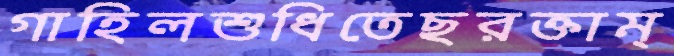
গাহিলশুধিতেছরক্তাম্